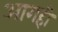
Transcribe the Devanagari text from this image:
आगही